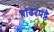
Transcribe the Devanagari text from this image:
पांढरपट्टे